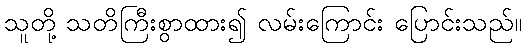
သူတို့ သတိကြီးစွာထား၍ လမ်းကြောင်း ပြောင်းသည်။